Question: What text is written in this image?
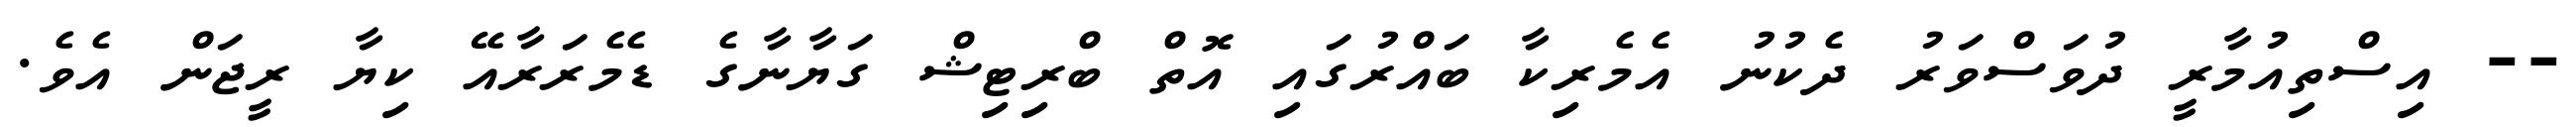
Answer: -- އިސްތިއުމާރީ ދުވަސްވަރު ދެކުނު އެމެރިކާ ބައްރުގައި އޮތް ބްރިޓިޝް ގަޔާނާގެ ޑެމެރަރާއޭ ކިޔާ ރީޖަން އެވެ.